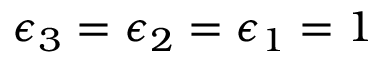
\epsilon _ { 3 } = \epsilon _ { 2 } = \epsilon _ { 1 } = 1